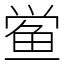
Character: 鲎